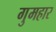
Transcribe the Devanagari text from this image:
गुमहार